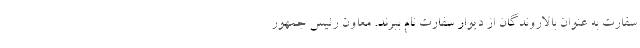
سفارت به عنوان بالاروندگان از دیوار سفارت نام ببرند. معاون رئیس جمهور